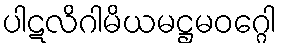
ပါဋလိဂါမိယမဋ္ဌမဝဂ္ဂေါ